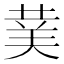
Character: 𮏖